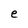
Character: e